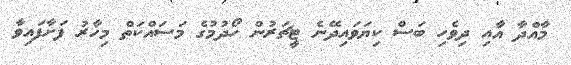
މާއްދާ އާއި ދިވެހި ބަސް ކިޔަވައިދޭނެ ޓީޗަރުން ހޯދުމުގެ މަސައްކަތް މިހާރު ފަށާފައިވާ